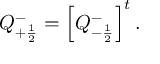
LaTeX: Q _ { + \frac { 1 } { 2 } } ^ { - } = \left[ Q _ { - \frac { 1 } { 2 } } ^ { - } \right] ^ { t } .